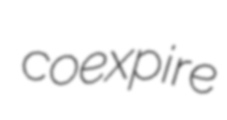
coexpire